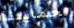
لحمايتنا